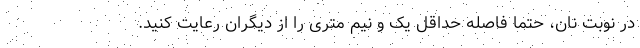
در نوبت نان، حتما فاصله حداقل یک و نیم متری را از دیگران رعایت کنید.